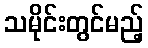
သမိုင်းတွင်မည့်